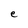
Character: e